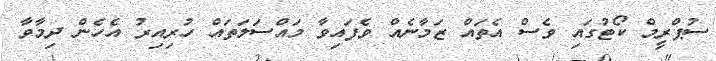
ސުޕްރީމް ކޯޓުގައި ވެސް އެތައް ޒަމާނެއް ވެފައިވާ މައްސަލަތައް ހުރިއިރު އެހެން ދިމާވާ